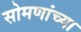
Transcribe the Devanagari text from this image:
सोमणांच्या